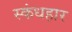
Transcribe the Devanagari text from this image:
स्कंधहार